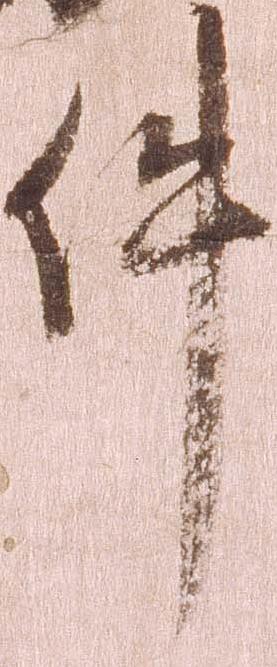
件